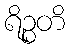
ရိဉ္စတိ